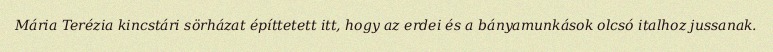
Mária Terézia kincstári sörházat építtetett itt, hogy az erdei és a bányamunkások olcsó italhoz jussanak.